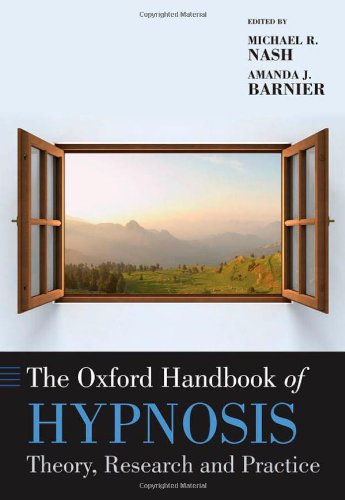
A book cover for The Oxford Handbook of Hypnosis (Oxford Handbooks); Self-Help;